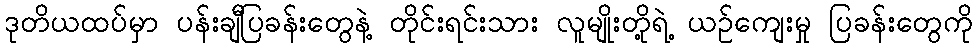
ဒုတိယထပ်မှာ ပန်းချီပြခန်းတွေနဲ့ တိုင်းရင်းသား လူမျိုးတို့ရဲ့ ယဉ်ကျေးမှု ပြခန်းတွေကို